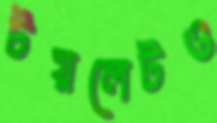
টয়লেটও